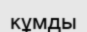
кұмды